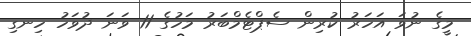
މީގެ ނުވަ އަހަރު ކުރިން ސެޕްޓެމްބަރު މަހުގެ 11 ވަނަ ދުވަހު ހިނގި